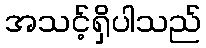
အသင့်ရှိပါသည်